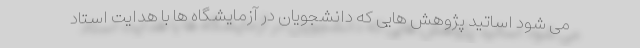
می شود اساتید پژوهش هایی که دانشجویان در آزمایشگاه ها با هدایت استاد